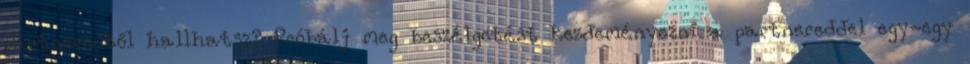
partneredtől hallhatsz? Próbálj meg beszélgetést kezdeményezni a partnereddel egy-egy